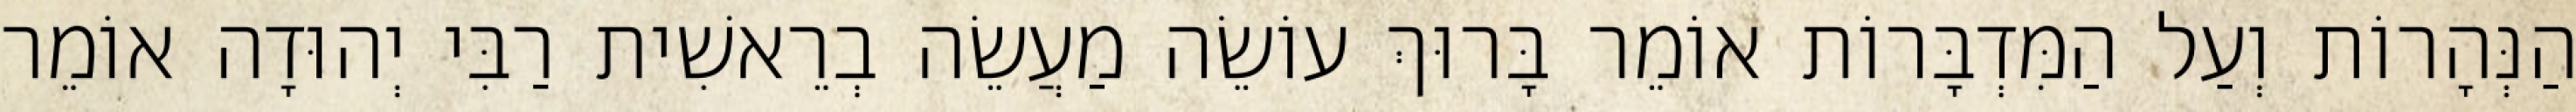
הַנְּהָרוֹת וְעַל הַמִּדְבָּרוֹת אוֹמֵר בָּרוּךְ עוֹשֵׂה מַעֲשֵׂה בְרֵאשִׁית רַבִּי יְהוּדָה אוֹמֵר